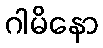
ဂါမိနော